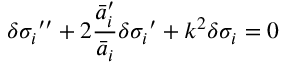
{ \delta \sigma _ { i } } ^ { \prime \prime } + 2 \frac { { \bar { a } _ { i } ^ { \prime } } } { \bar { a } _ { i } } { \delta \sigma _ { i } } ^ { \prime } + k ^ { 2 } \delta \sigma _ { i } = 0